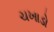
ચખાડો